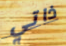
ذاتي